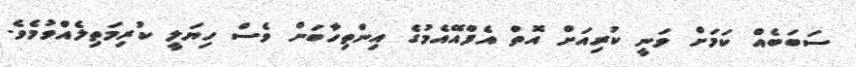
ސަބަބެއް ކަމަށް ވަނީ ކުރިއަށް އޮތް އެފްއޭއެމުގެ އިންތިހާބަށް ވެސް ހިޔަލީ ކުރިމަތިލެއްވުމެވެ.